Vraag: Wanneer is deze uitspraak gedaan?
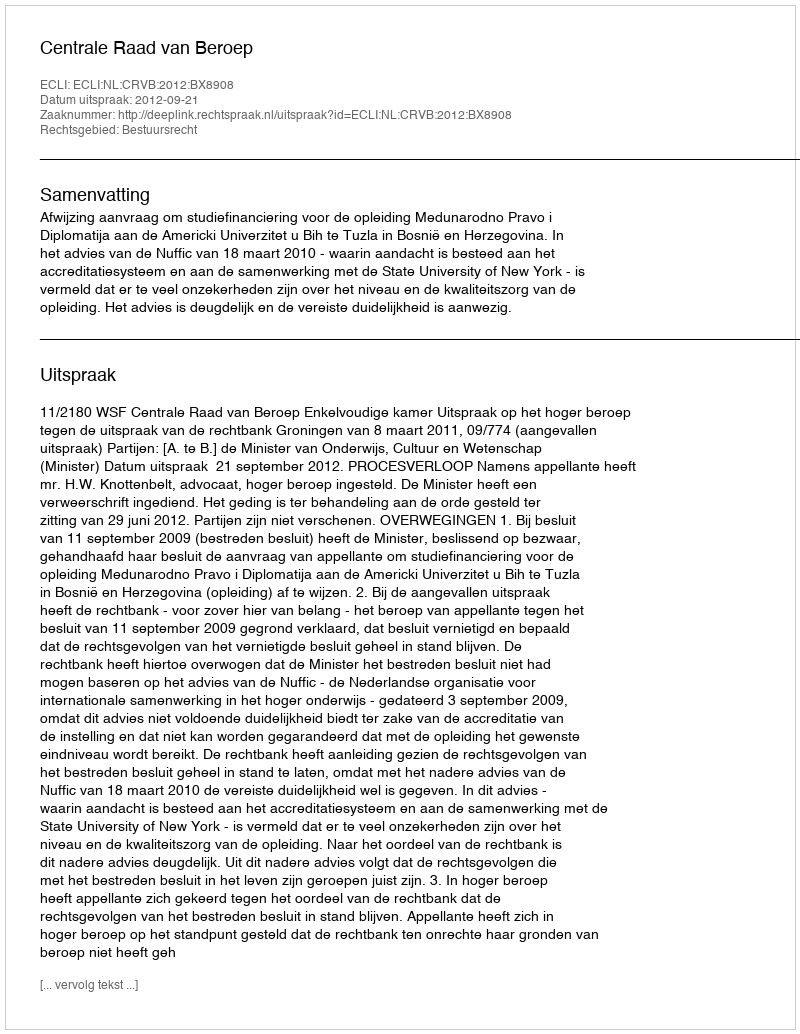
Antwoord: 2012-09-21